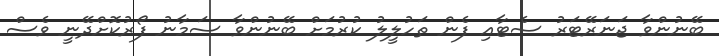
ބޭނުންވާ ޖަނަރޭޓަރު ސެޓާއި ފެން ތަހުލީލު ކުރުމަށް ބޭނުންވާ ސަމާނު ފޯރުކޮށްދޭނީ ވެސް